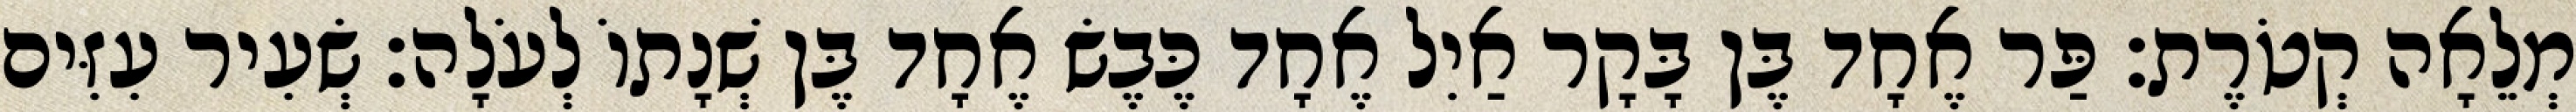
מְלֵאָה קְטֹרֶת׃ פַּר אֶחָד בֶּן בָּקָר אַיִל אֶחָד כֶּבֶשׂ אֶחָד בֶּן שְׁנָתוֹ לְעֹלָה׃ שְׂעִיר עִזִּים